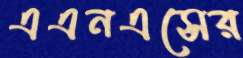
এএনএসের